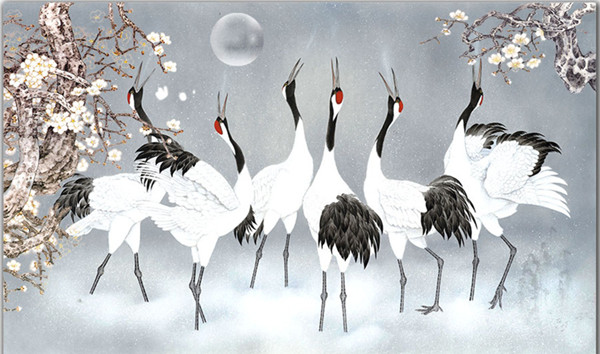
失天下也，失其民也失其民者，失其心也。